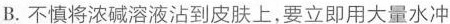
B.不慎将浓碱溶液沾到皮肤上，要立即用大量水冲